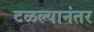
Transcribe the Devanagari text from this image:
टळल्यानंतर